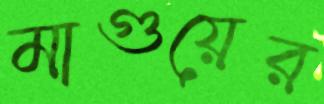
মাগুয়ের